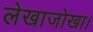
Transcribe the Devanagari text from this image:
लेखाजोखा।